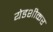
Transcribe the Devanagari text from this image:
येडशीकर